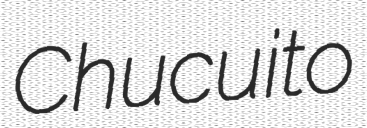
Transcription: Chucuito